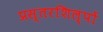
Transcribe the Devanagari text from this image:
प्रस्तरशिल्पों